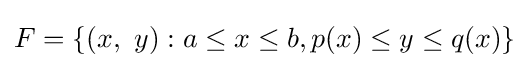
F=\left\{(x,\ y):a\leq x\leq b,p(x)\leq y\leq q(x)\right\}